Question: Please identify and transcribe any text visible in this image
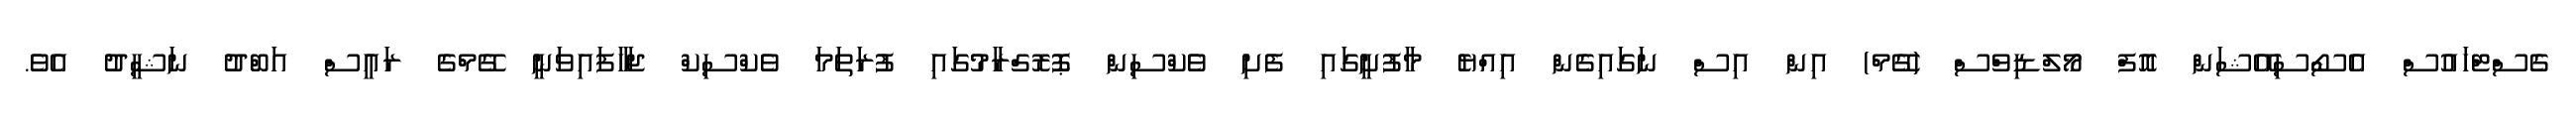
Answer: ގެސްޓްހައުސް އެސޯސިއޭޝަން އޮފް މޯލްޑިވްސް (ގޭމް) އިން އިސް ނަގައިގެން އިއްޔެ މާފުށީގައި ފެށި ވެކްސިން ޕޮރޮގްރާމުގައި ފުރަތަމަ ވެކްސިކް ޖަހާފައިވަނީ ގޭމްގެ ރައީސް އަބްދު ނަޝީދު އެވެ.